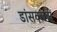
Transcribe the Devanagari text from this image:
डांसक्लबों